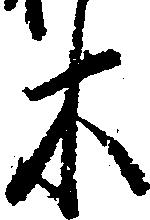
木